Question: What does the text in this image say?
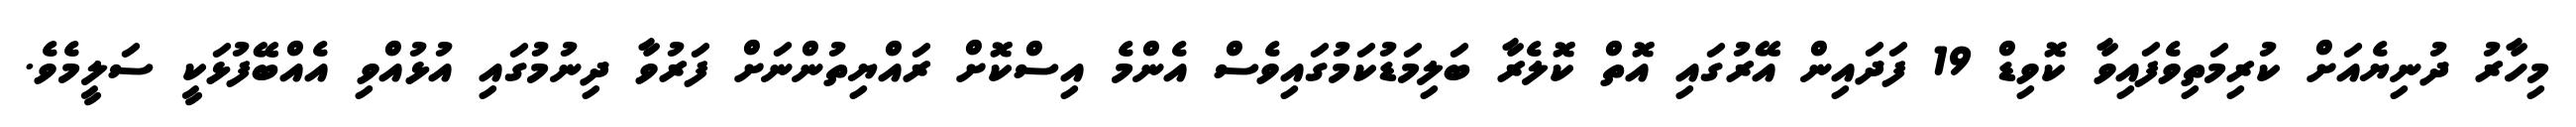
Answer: މިހާރު ދުނިޔެއަށް ކުރިމަތިވެފައިވާ ކޮވިޑް 19 ފަދައިން އޭރުގައި އޮތް ކޮލެރާ ބަލިމަޑުކަމުގައިވެސް އެންމެ އިސްކޮށް ރައްޔިތުންނަށް ފަރުވާ ދިނުމުގައި އުޅުއްވި އެއްބޭފުޅަކީ ސަލީމެވެ.